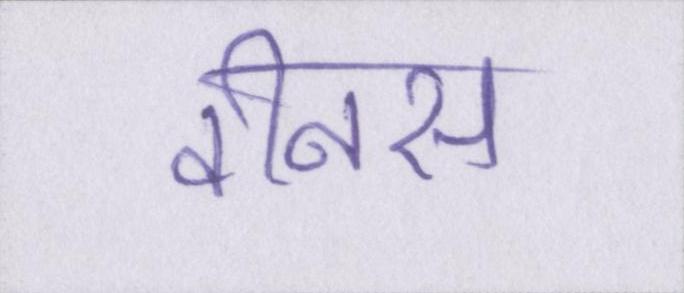
वीनस